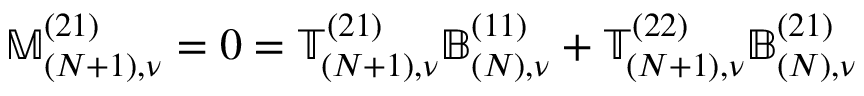
\mathbb { M } _ { ( N + 1 ) , \nu } ^ { ( 2 1 ) } = 0 = \mathbb { T } _ { ( N + 1 ) , \nu } ^ { ( 2 1 ) } \mathbb { B } _ { ( N ) , \nu } ^ { ( 1 1 ) } + \mathbb { T } _ { ( N + 1 ) , \nu } ^ { ( 2 2 ) } \mathbb { B } _ { ( N ) , \nu } ^ { ( 2 1 ) }